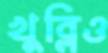
খুব্‌লিও